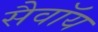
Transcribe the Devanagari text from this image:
सैवॉय